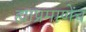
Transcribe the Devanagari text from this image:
ह्याप्रमाणेंच